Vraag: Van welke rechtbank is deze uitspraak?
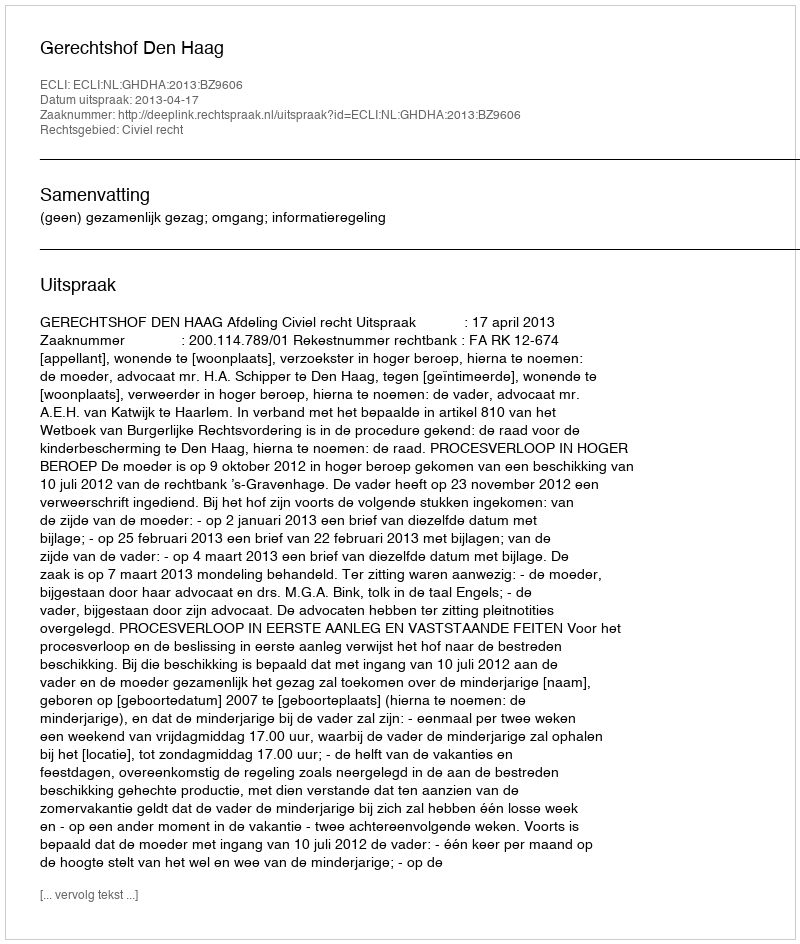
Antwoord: Gerechtshof Den Haag